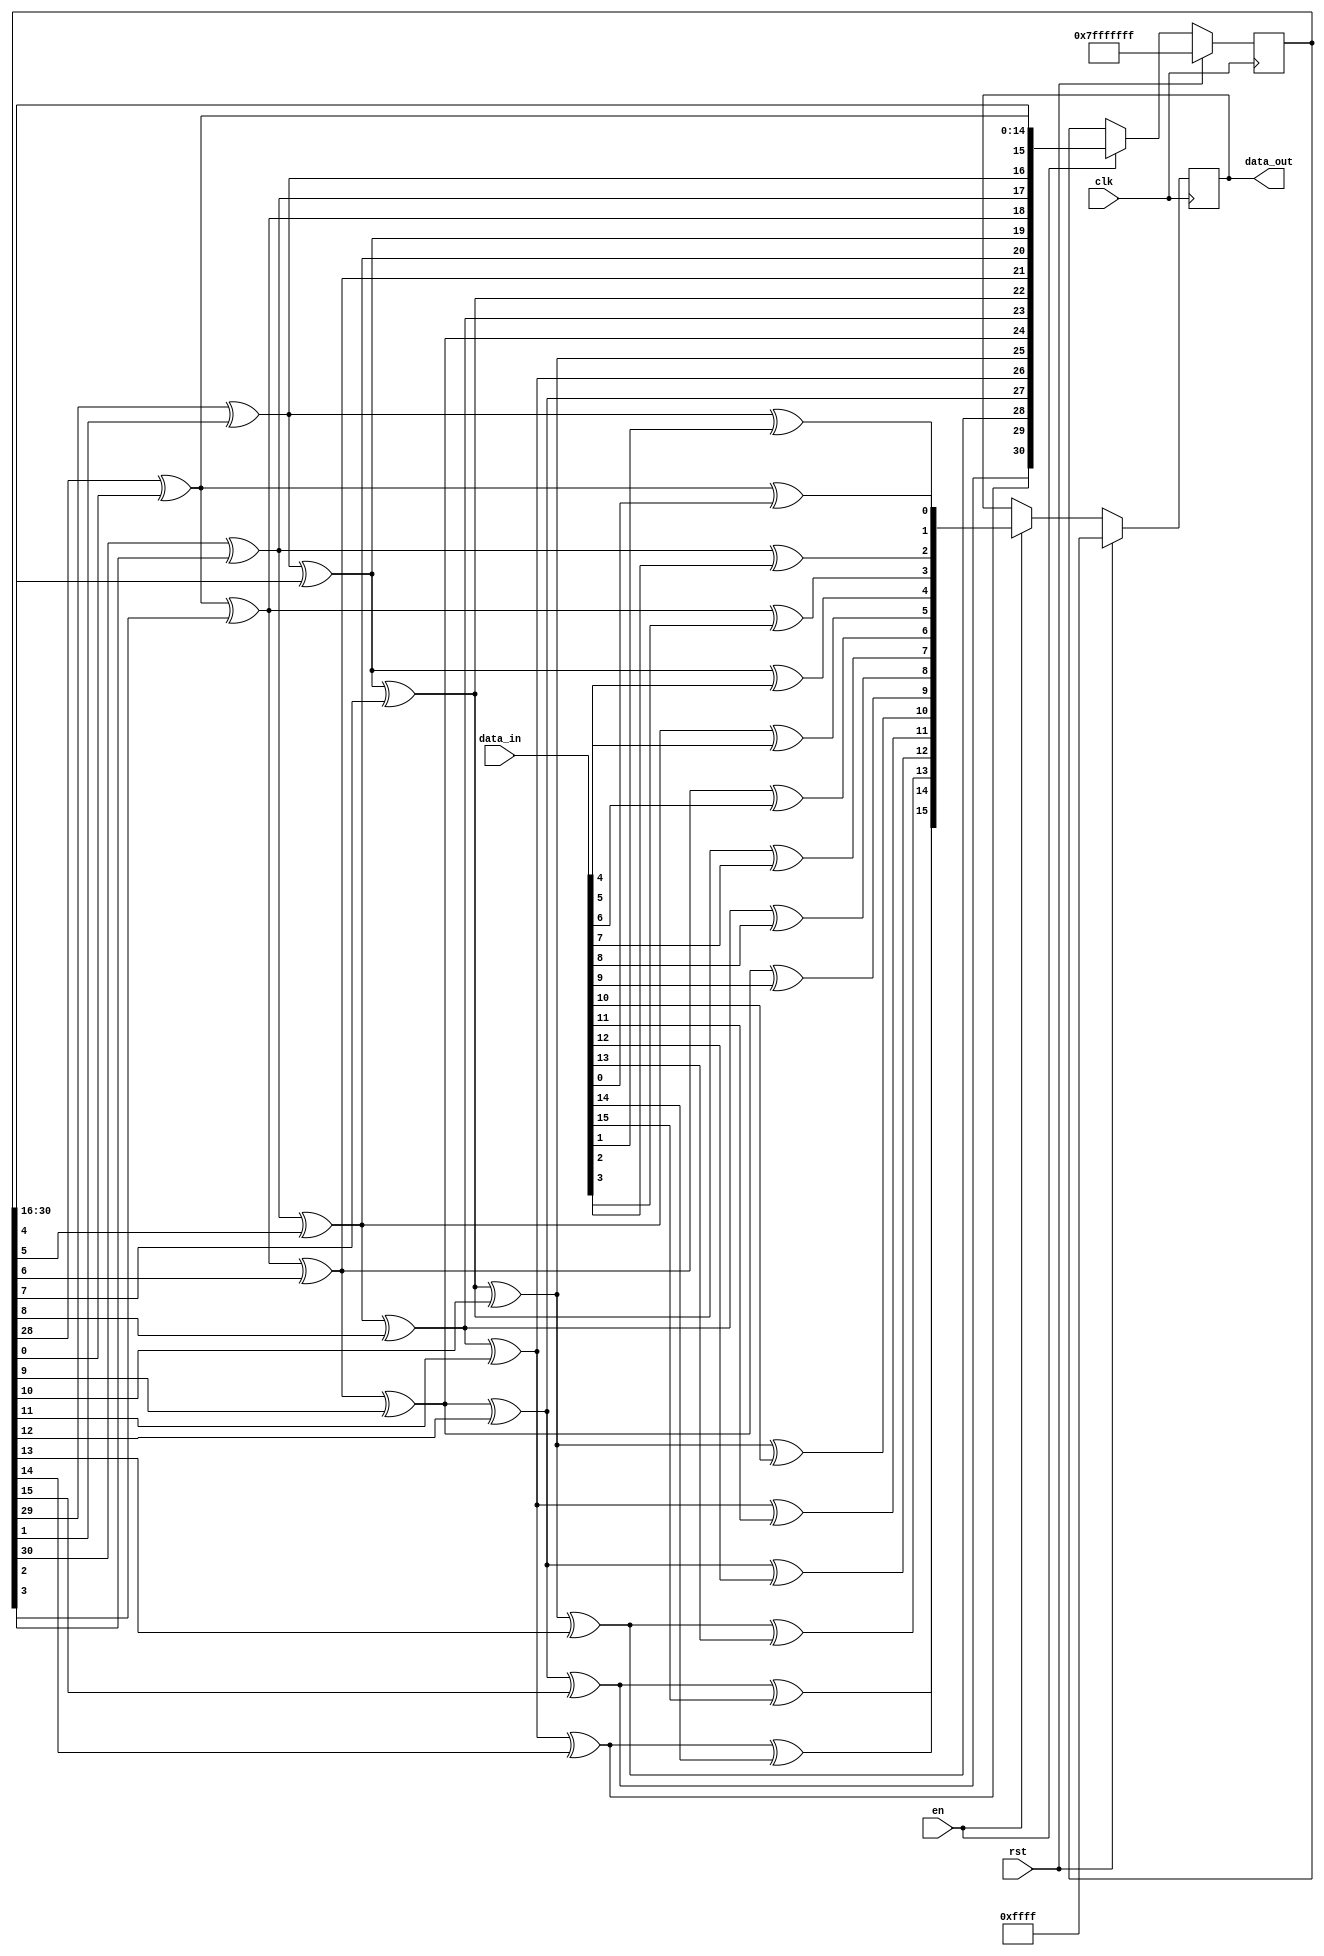
module prbs_any
#(
parameter  DATA_WIDTH               = 16         ,
parameter  PRBS_CHECK               =0           
)
(
input                                   clk      ,
input                                   rst      ,
input      [DATA_WIDTH-1:0]              data_in  ,
input                                   en       ,
output reg [DATA_WIDTH-1:0]              data_out
);

wire  [1:31]  prbs_data[DATA_WIDTH:0];
wire  [DATA_WIDTH-1:0] prbs_gen1;
wire  [DATA_WIDTH-1:0] prbs_gen2;
wire  [DATA_WIDTH:1]   prbs_check;
reg   [1:31]  prbs_data_reg; 

assign prbs_data[0] = prbs_data_reg;

genvar i;
generate for (i=0 ; i< DATA_WIDTH;i=i+1) begin : prbs_gen
  assign prbs_gen1[i] = prbs_data[i][3] ^ prbs_data[i][31];
  assign prbs_gen2[i] = prbs_gen1[i] ^ data_in[i];
  assign prbs_check[i+1] = PRBS_CHECK ? data_in[i] : prbs_gen1[i];
  assign prbs_data[i+1] = {prbs_check[i+1],prbs_data[i][1:30]};
  end
endgenerate

always @ (posedge clk)
  begin
    if (rst)
      begin
        data_out <= {DATA_WIDTH{1'b1}};
        prbs_data_reg <= {31{1'b1}};
      end
    else if (en)
      begin
        data_out <= prbs_gen2;
        prbs_data_reg <= prbs_data[DATA_WIDTH];
      end
  end
endmodule